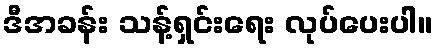
ဒီအခန်း သန့်ရှင်းရေး လုပ်ပေးပါ။